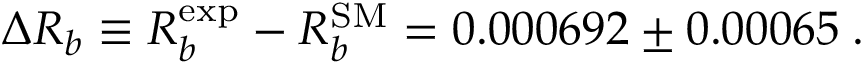
\Delta R _ { b } \equiv R _ { b } ^ { \mathrm { e x p } } - R _ { b } ^ { \mathrm { S M } } = 0 . 0 0 0 6 9 2 \pm 0 . 0 0 0 6 5 \; .